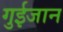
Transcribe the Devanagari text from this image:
गुईजान